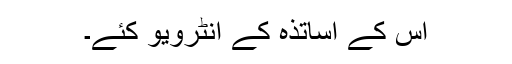
اس کے اساتذہ کے انٹرویو کئے۔